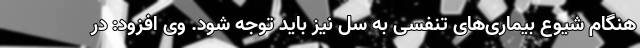
هنگام شیوع بیماری‌های تنفسی به سل نیز باید توجه شود. وی افزود: در